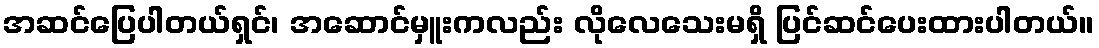
အဆင်ပြေပါတယ်ရှင်၊ အဆောင်မှူးကလည်း လိုလေသေးမရှိ ပြင်ဆင်ပေးထားပါတယ်။